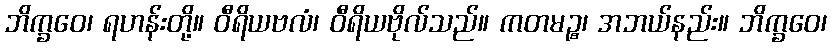
ဘိက္ခဝေ၊ ရဟန်းတို့။ ဝီရိယဗလံ၊ ဝီရိယဗိုလ်သည်။ ကတမဉ္စ၊ အဘယ်နည်း။ ဘိက္ခဝေ၊